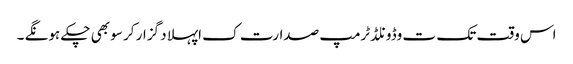
اس وقت تک ت وڈونلڈ ٹرمپ صدارت ک اپہلا د گزار کر سو بھی چکے ہونگے ۔